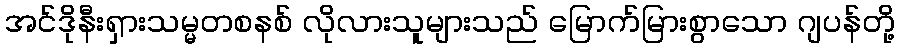
အင်ဒိုနီးရှားသမ္မတစနစ် လိုလားသူများသည် မြောက်မြားစွာသော ဂျပန်တို့